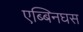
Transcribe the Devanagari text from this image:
एब्बिनघस